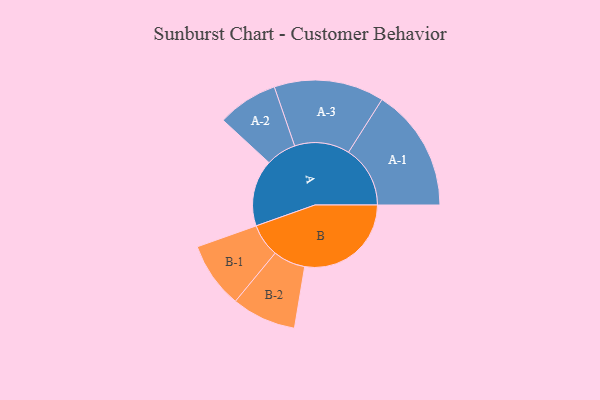
{"axis": {"x": "Segment", "y": "Value"}, "legend": ["", "A", "B"], "data": [{"x": "A", "y": 312, "type": ""}, {"x": "B", "y": 499, "type": ""}, {"x": "A-1", "y": 289, "type": "A"}, {"x": "A-2", "y": 142, "type": "A"}, {"x": "A-3", "y": 258, "type": "A"}, {"x": "B-1", "y": 155, "type": "B"}, {"x": "B-2", "y": 151, "type": "B"}]}